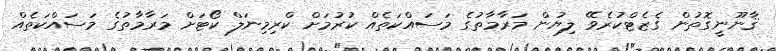
ޤާނޫނީގޮތުން ގެޒެޓްކުރެވޭ ލިޔުން މަރާމާތުގެ މަސައްކަތެއް ކުރުމަށް ކްރިމިނަލް ކޯޓަށް މަރާމާތުގެ މަސައްކަތެއް